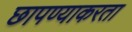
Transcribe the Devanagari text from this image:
छापण्याकरता